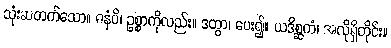
သုံးဆတက်သော။ ဓနံပိ၊ ဥစ္စာကိုလည်း။ ဒတွာ၊ ပေး၍။ ယဒိစ္ဆကံ၊ အလိုရှိတိုင်း။